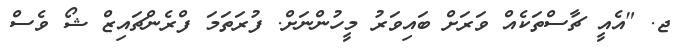
ޖ. "އެއީ ޗާސްތަކެއް ވަރަށް ބައިވަރު މީހުންނަށް. ފުރަތަމަ ފްރެންޗައިޒް ޝޯ ވެސް